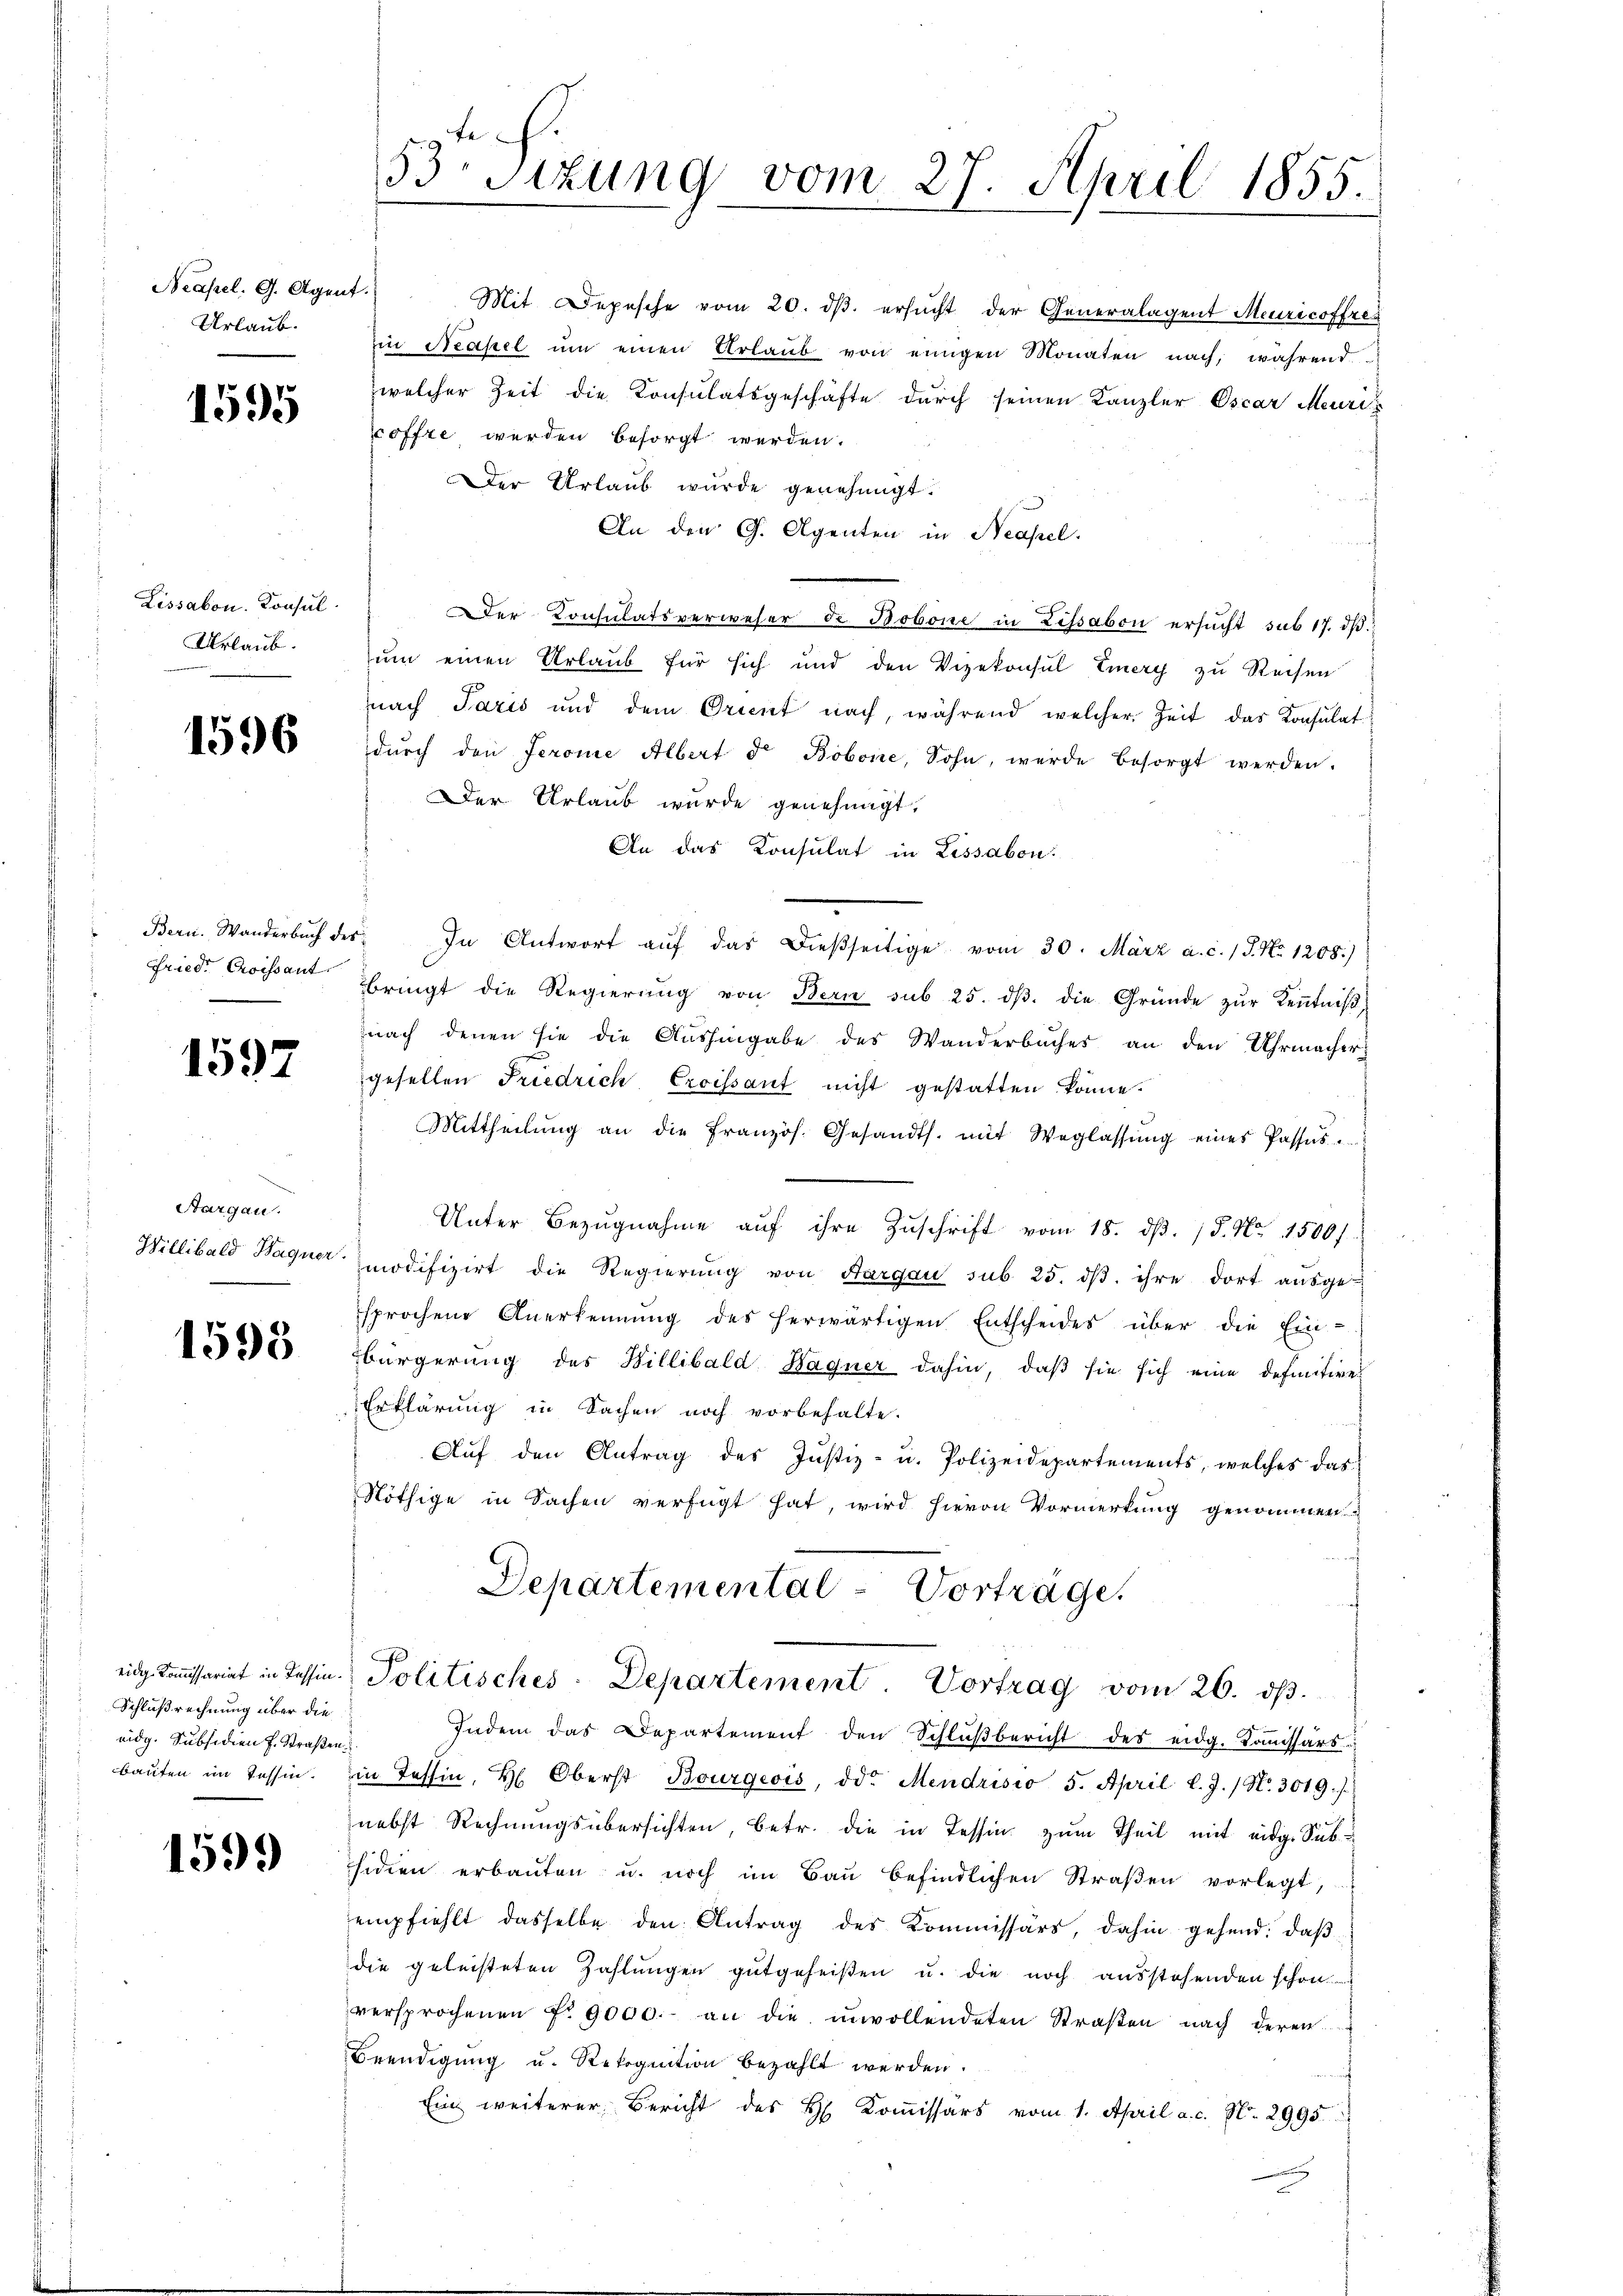
Neapel. G. Agent
Urlaub.

1595

Lissabon. Konsul
Urlaub.

1596

1597

Aargau.

1593

Schlußrechnung über die
eidg. Subsidien f. Straßen

1599

53 sizung vom 27. April 1855.

Mit Depesche vom 20. dβ. ersucht der Generalagent Meuricoffres
in Neapel um einen Urlaub von einigen Monaten nach, während
welcher Zeit die Konsulatsgeschäfte durch seinen Kanzler Oscar Meuri
offre werden besorgt werden.
Der Urlaub würde genehmigt.
An den G. Agenten in Neapel.
Der Konsulatsverweser de Bobone in Lissabon ersucht sub 17. dβ
um einen Urlaub für sich und den Vizekonsul Eiery zu Reisen
nach Paris und dem Orient nach, während welcher Zeit das Konsulat
dŭrch den ferone Albert d. Bobone, Sohn, werde besorgt werden.
Der Urlaub wurde genehmigt.
An das Consulat in Lissabon:
Bern. Wanderbŭch des In Antwort aŭf das dießseitige vom 30. März a. c. 1 S. Nr. 1208.)
Friede Croissant bringt die Regierŭng von Bern sub 25. dβ die Gründe zŭr Keṅtniβ,
nach denen sie die Aushingabe des Wanderbuches an den Uhrmacher
gesellen Friedrich, Croissant nicht gestatten könne.
Mittheilŭng an die französ. Gesandts. mit Weglassŭng eines Passat
Unter Bezŭgnahme aŭf ihre Zŭschrift vom 18. dβ. / 5. No. 1500f
Willibald Hagner modifizirt die Regierŭng von Aargau sub. 25. dβ. ihre dort aŭsge-
sprochene Anerkennung des herwärtigen Entscheides über die Ein-
bürgerung des Hillibald Hagner dahin, daß sie sich eine definitive
Erklärung in Sachen noch vorbehalte.
Auf den Antrag des Justiz- u. Polizeidepartements, welches das
Nöthige in Sachen verfügt hat, wird hievon Vormerkung genommen
Departementat Vorträge.
eidg. Kommissariat in Tessin. Politisches Departement. Vortrag vom 26. ds.
Indem das Departement den Schlŭβbericht des eidg. Komissärs-
baŭten im Tessin. in Tessin, H. Oberst Bourgeois, od. Mendrisio 5. April l. J. / N. 3019./
nebst Rechnungsübersichten, betr. die in Tessin zum Theil mit eidige Subsidien erbaŭten u. noch im Baŭ befindlichen Straβen vorlegt,
empfiehlt dasselbe den Antrag des Kommissärs, dahin gehend, daβ
die geleisteten Zahlungen gutgeheißen u. die noch ausstehenden schon
versprochenen No 9000.- an die unvollendeten Straßen nach deren
Beendigung u. Rekognition bezahlt werden.
Ein weiterer Bericht des H. Koṁissärs vom 1. April a. c. N. 2995
g